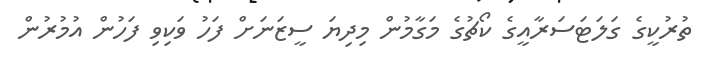
ތުރުކީގެ ގަލަޓަސަރާއީގެ ކޯޗުގެ މަގާމުން މިދިޔަ ސީޒަނަށް ފަހު ވަކިވި ފަހުން އުމުރުން